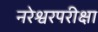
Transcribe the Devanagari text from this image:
नरेश्वरपरीक्षा